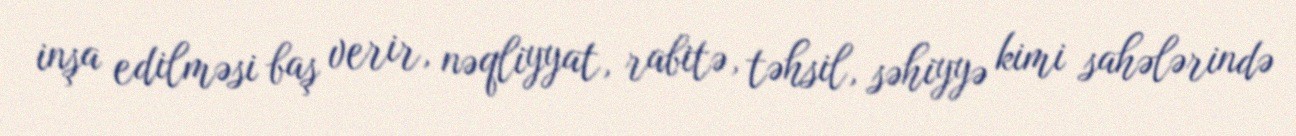
inşa edilməsi baş verir, nəqliyyat, rabitə, təhsil, səhiyyə kimi sahələrində